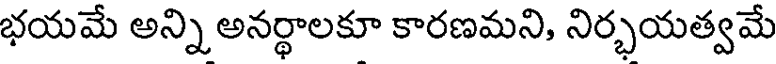
భయమే అన్ని అనర్థాలకూ కారణమని, నిర్భయత్వమే